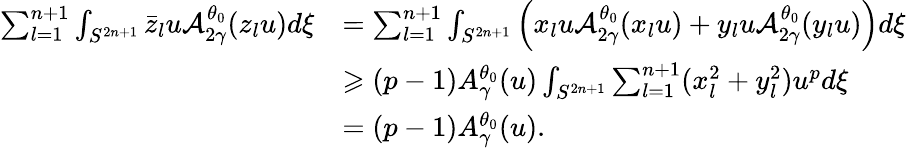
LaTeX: \begin{array}{rl}{\sum_{l=1}^{n+1}\int_{S^{2n+1}}\bar{z}_{l}u\mathcal{A}_{2\gamma}^{\theta_{0}}(z_{l}u)d\xi}&{=\sum_{l=1}^{n+1}\int_{S^{2n+1}}\left(x_{l}u\mathcal{A}_{2\gamma}^{\theta_{0}}(x_{l}u)+y_{l}u\mathcal{A}_{2\gamma}^{\theta_{0}}(y_{l}u)\right)d\xi}\\ &{\geqslant(p-1)A_{\gamma}^{\theta_{0}}(u)\int_{S^{2n+1}}\sum_{l=1}^{n+1}(x_{l}^{2}+y_{l}^{2})u^{p}d\xi}\\ &{=(p-1)A_{\gamma}^{\theta_{0}}(u).}\end{array}